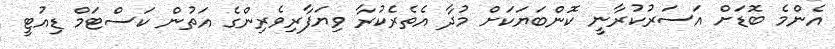
އެންމެ ބޮޑަށް އަސަރުކުރާނީ ކޮންބަޔަކަށް މުދާ އެތެރެކުރާ ވިޔަފާރިވެރިންގެ އަތުން ކަސްޓަމް ޑިއުޓީ